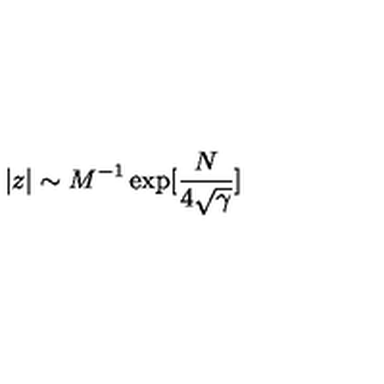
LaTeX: | z | \sim M ^ { - 1 } \exp [ \frac { N } { 4 \sqrt \gamma } ]